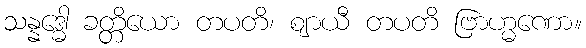
သန္နဒ္ဓေါ ခတ္တိယော တပတိ၊ ဈာယီ တပတိ ဗြာဟ္မဏော။